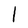
Character: I